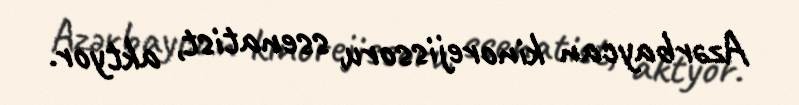
Azərbaycan kinorejissoru, ssenatist, aktyor.